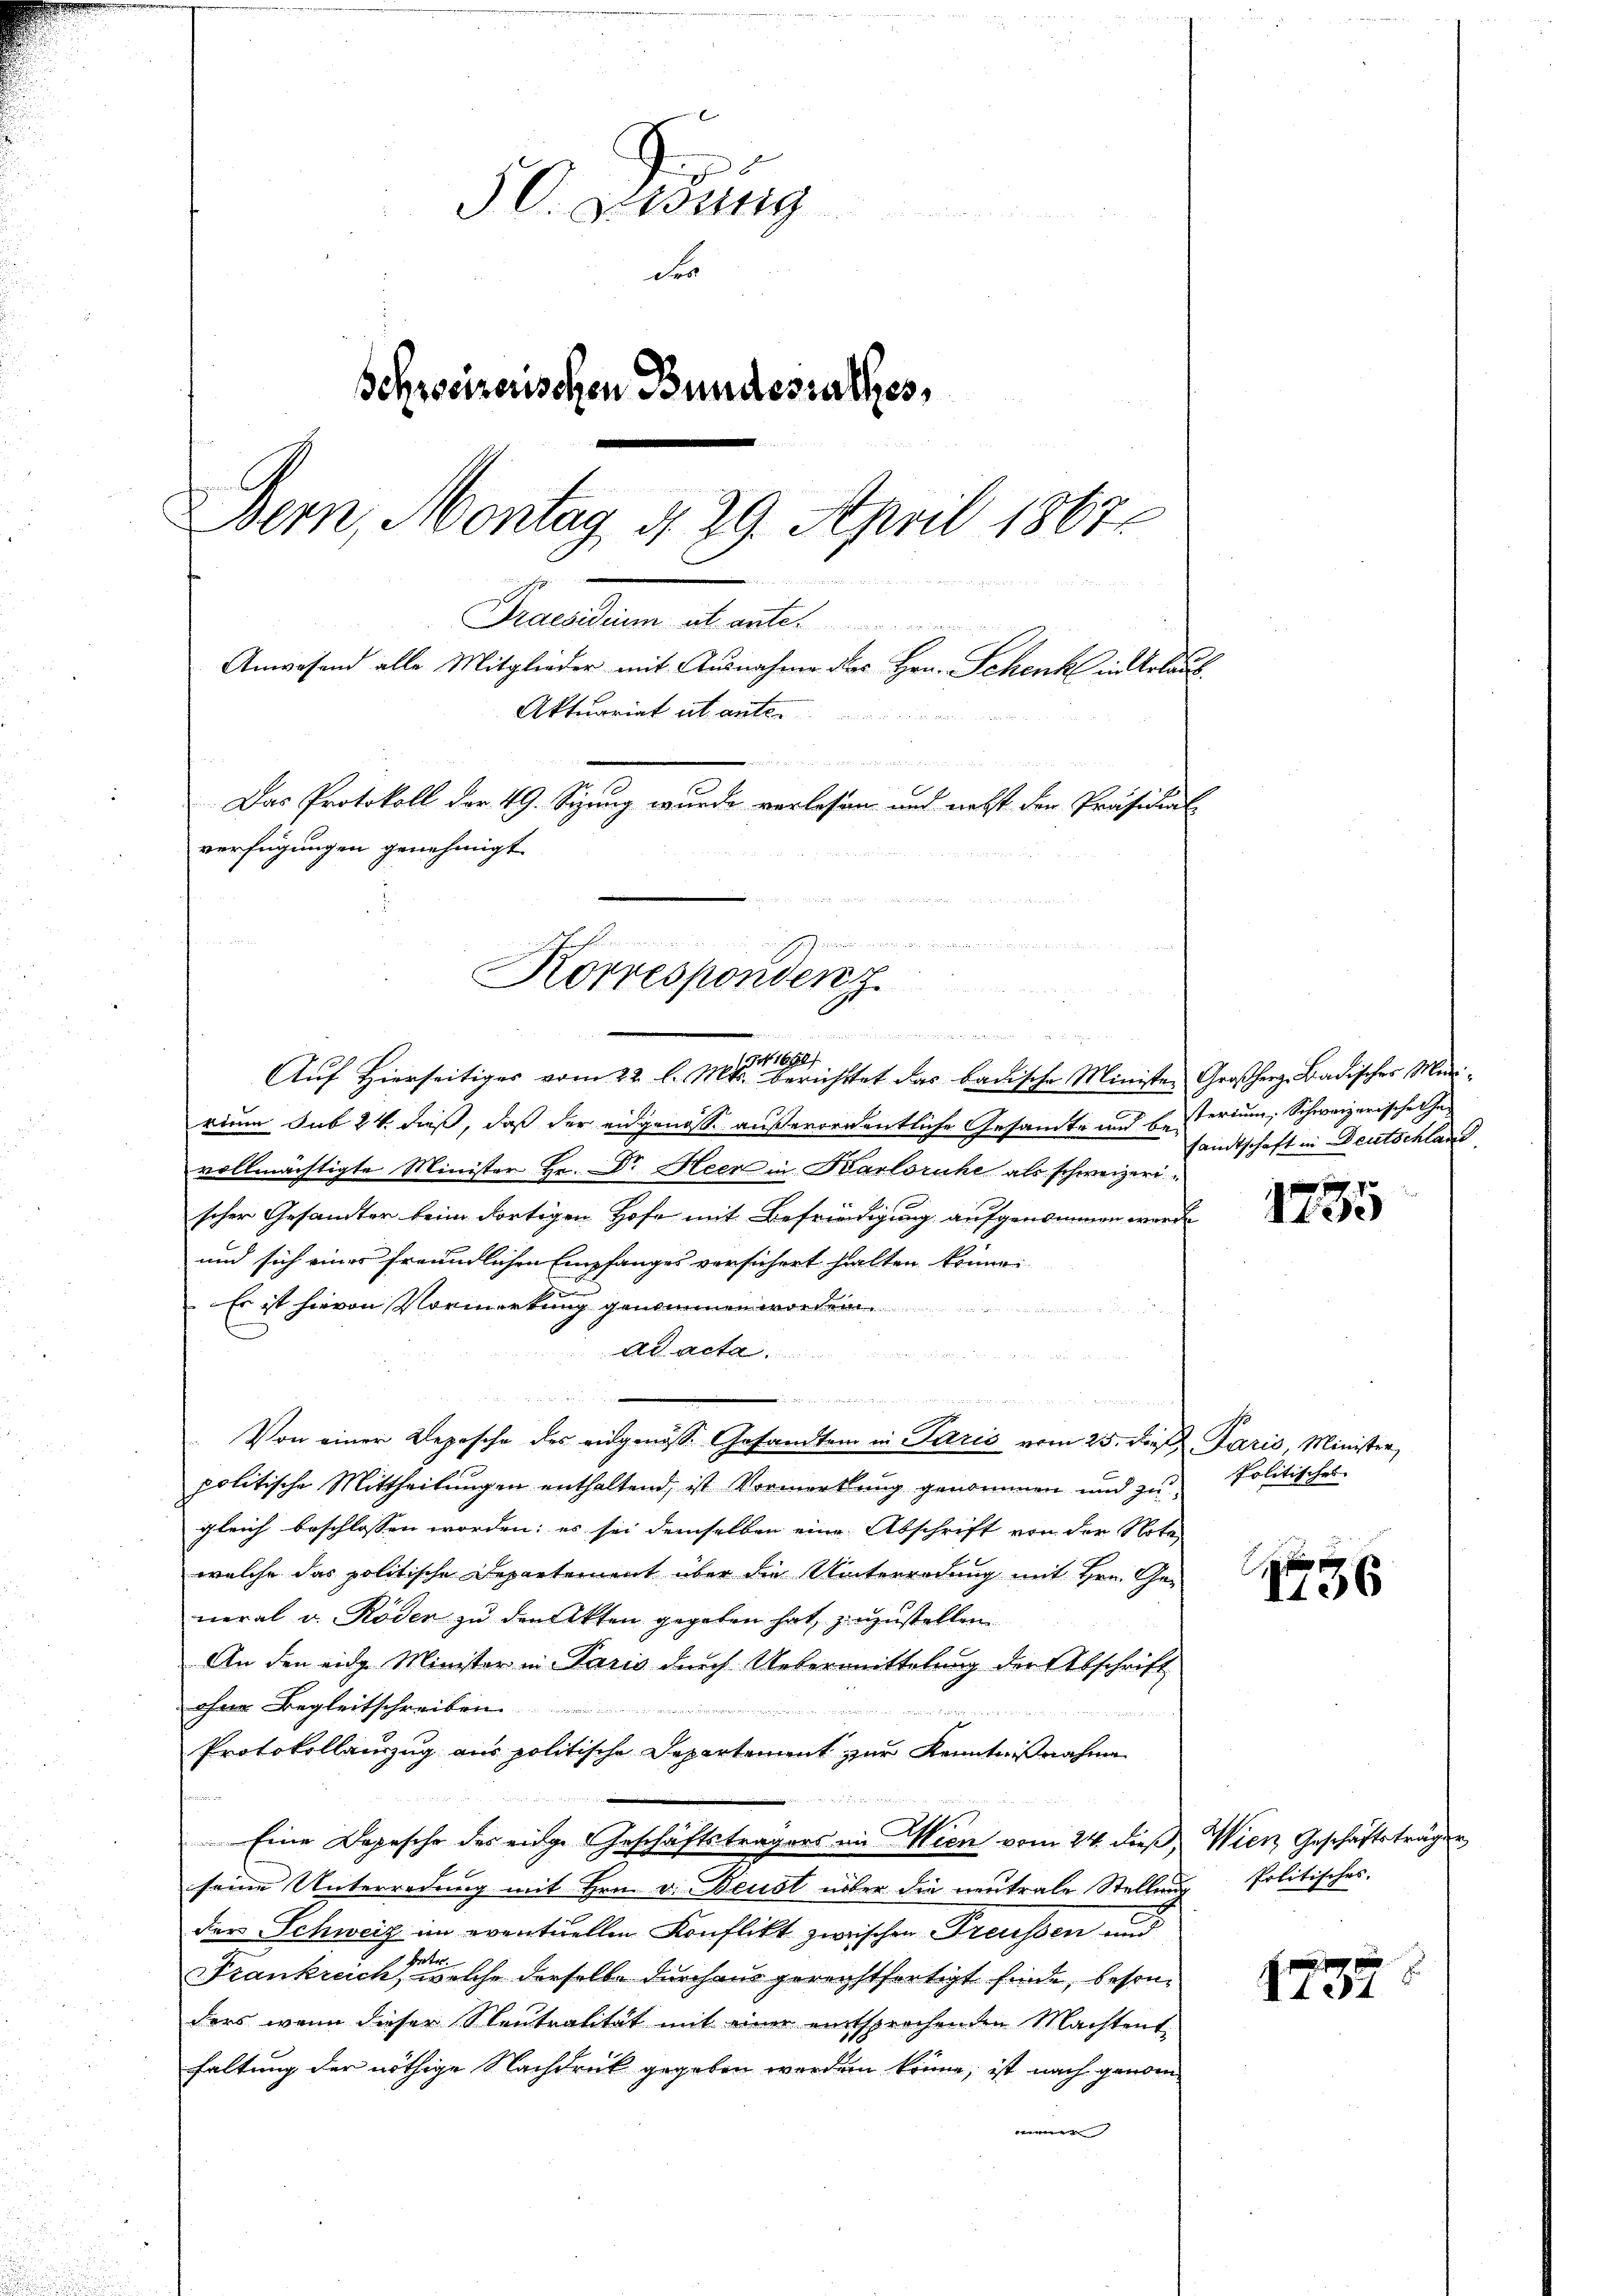
50. Dedung

der
Schreizerischen Bundesrathes,
Bern, Montag d. 29. April 1867
1
Praesidium et ante
Anwesend alle Mitglieder mit Ausnahme des Hrn. Schenk in Erlaub
Aktuariat it ante.

2
Das Protokoll der 49. Sizung wurde verlassen und nebst der Präsidial
verfügungen genehmigt.

m
Korrespondenz
d

94. 1650/
Aŭf Hierseitiges vom 22. l. Mts. berichttet das badische Ministen Großherz, Badischer Mini-
rium sub 24. daß, daß der eidgenosse außerordentliche Gesamte und be-
vollmächtigte Minister Hr. Dr Heer in Barlsruhe als schweizerischer Gesandter beim dortigen Hofe mit Befriedigung aufgenommen werde
und sich eines freundlichen Empfanges versichert halten könne.
Es ist hievon Vormerkung genommen worden
dende
Ad acta,

Von einer Depesche des eidgenöss. Gesandten in Paris vom 25. die Paris, Minister,
politische Mittheilŭngen enthaltend, ist Vormerkŭng genommen und zŭ Politisches
gleich beschlossen worden; es sei demselben eine Abschrift von der Note
welche das politische Departement über die Unterredung mit Hrn. Ge-
neral u. Roden zu den Akten gegeben hat, zuzustellen.
An den eidg. Minister in Paris durch Uebermittelung der Abschrift
ohne Begleitschreiben

Protokollauszug aus politische Departement zur Kenntnißnahme
u

Eine Depesche der einge Geschäftsträgers im Wien vom 24. dieß, Wien Geschäftsträger
seine Unterredung mit Hrn. v. Beust über die neutrale Stellung Politisches
der Schweiz im eventuellen Konflikt zwischen Preussen und
Potor.
Frankreich, welche derselbe durchaus gerechtfertigt finde, besonders wenn dieser Neutralität mit einer entsprochenden Machtent
faltung der nöthige Nachdruck gegeben worden könne, ist nach genden

sterium, Schweizerische Cha-
sandtschaft in Deutschland

1785

1536

1739